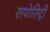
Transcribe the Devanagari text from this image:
सपोसिट्री